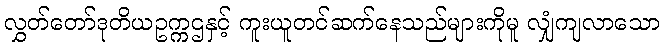
လွှတ်တော်ဒုတိယဥက္ကဌနှင့် ကူးယူတင်ဆက်နေသည်များကိုမူ လျှံကျလာသော